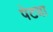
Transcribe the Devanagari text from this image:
पेटया